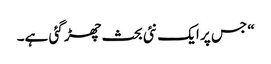
“ جس پر ایک نئی بحث چھڑ گئی ہے۔